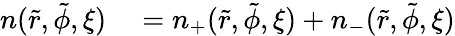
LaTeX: \begin{array}{rl}{n(\tilde{r},\tilde{\phi},\xi)}&{{}=n_{+}(\tilde{r},\tilde{\phi},\xi)+n_{-}(\tilde{r},\tilde{\phi},\xi)}\end{array}